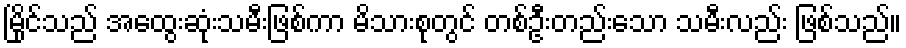
မြိုင်သည် အထွေးဆုံးသမီးဖြစ်ကာ မိသားစုတွင် တစ်ဦးတည်းသော သမီးလည်း ဖြစ်သည်။